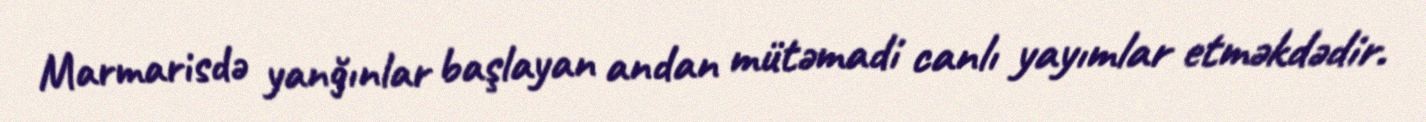
Marmarisdə yanğınlar başlayan andan mütəmadi canlı yayımlar etməkdədir.